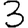
Digit: 3